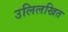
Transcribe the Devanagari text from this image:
उलिलखित